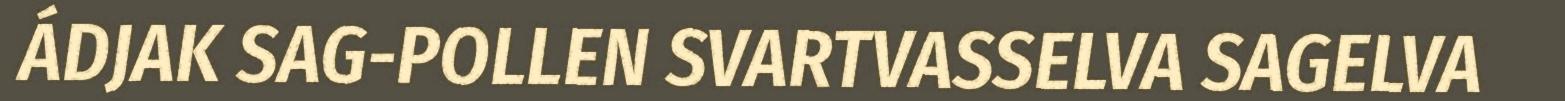
ÁDJAK SAG-POLLEN SVARTVASSELVA SAGELVA